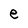
Character: e